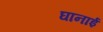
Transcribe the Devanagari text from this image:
घानाई